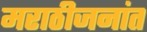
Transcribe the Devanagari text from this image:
मराठीजनांत